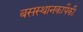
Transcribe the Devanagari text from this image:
बसस्थानकापैकी